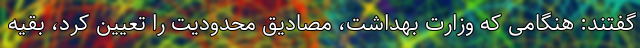
گفتند: هنگامی که وزارت بهداشت، مصادیق محدودیت را تعیین کرد، بقیه